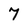
Character: 7